Lunatic asylums in Bengal annual reports 1899-1911 - 1899-1911
Year: 1899
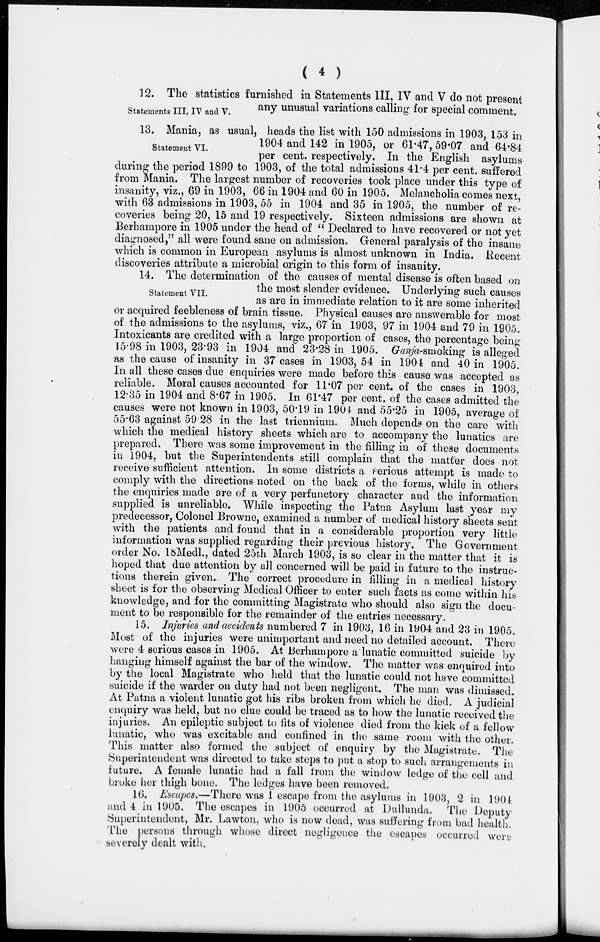
( 4 )
Statements III, IV and V.
12. The statistics furnished in Statements III, IV and V do not present
any unusual variations calling for special comment.
Statement VI.
13. Mania, as usual, heads the list with 150 admissions in 1903, 153 in
1904 and 142 in 1905, or 61.47, 59.07 and 64.84
per cent. respectively. In the English asylums
during the period 1899 to 1903, of the total admissions 41.4 per cent. suffered
from Mania. The largest number of recoveries took place under this type of
insanity, viz., 69 in 1903, 66 in 1904 and 60 in 1905. Melancholia comes next,
with 63 admissions in 1903, 55 in 1904 and 35 in 1905, the number of re-
coveries being 20, 15 and 19 respectively. Sixteen admissions are shown at
Berhampore in 1905 under the head of " Declared to have recovered or not yet
diagnosed," all were found sane on admission. General paralysis of the insane
which is common in European asylums is almost unknown in India. Recent
discoveries attribute a microbial origin to this form of insanity-
Statement VII.
14. The determination of the causes of mental disease is often based on
the most slender evidence. Underlying such causes
as are in immediate relation to it are some inherited
or acquired feebleness of brain tissue. Physical causes are answerable for most
of the admissions to the asylums, viz., 67 in 1903, 97 in 1904 and 79 in 1905.
Intoxicants are credited with a large proportion of cases, the percentage being
15.98 in 1903, 23.93 in 1904 and 23.28 in 1905. Ganja-smoking is alleged
as the cause of insanity in 37 cases in 1903, 54 in 1904 and 40 in 1905.
In all these cases due enquiries were made before this cause was accepted as
reliable. Moral causes accounted for 11.07 per cent. of the cases in 1903,
12.35 in 1904 and 8.67 in 1905. In 61.47 per cent. of the cases admitted the
causes were not known in 1903, 50.19 in 1904 and 55.25 in 1905, average of
55.63 against 59.28 in the last triennium. Much depends on the care with
which the medical history sheets which are to accompany the lunatics are
prepared. There was some improvement in the filling in of these documents
in 1904, but the Superintendents still complain that the matter does not
receive sufficient attention. In some districts a serious attempt is made to
comply with the directions noted on the back of the forms, while in others
the enquiries made are of a very perfunctory character and the information
supplied is unreliable. While inspecting the Patna Asylum last year my
predecessor, Colonel Browne, examined a number of medical history sheets sent
with the patients and found that in a considerable proportion very little
information was supplied regarding their previous history. The Government
order No. 18Medl., dated 25th March 1903, is so clear in the matter that it is
hoped that due attention by all concerned will be paid in future to the instruc-
tions therein given.. The correct procedure in filling in a medical history
sheet is for the observing Medical Officer to enter such facts as come within his
knowledge, and for the committing Magistrate who should also sign the docu-
ment to be responsible for the remainder of the entries necessary.
15. Injuries and accidents numbered 7 in 1903, 16 in 1904 and 23 in 1905.
Most of the injuries were unimportant and need no detailed account. There
were 4 serious cases in 1905. At Berhampore a lunatic committed suicide by
hanging himself against the bar of the window. The matter was enquired into
by the local Magistrate who held that the lunatic could not have committed
suicide if the warder on duty had not been negligent. The man was dimissed.
At Patna a violent lunatic got his ribs broken from which he died. A judicial
enquiry was held, but no clue could be traced as to how the lunatic received the
injuries. An epileptic subject to fits of violence died from the kick of a fellow
lunatic, who was excitable and confined in the same room with the other.
This matter also formed the subject of enquiry by the Magistrate. The
Superintendent was directed to take steps to put a stop to such arrangements in
future. A female lunatic had a fall from the window ledge of the cell and
broke her thigh bone. The ledges have been removed.
16. Escapes.—There was 1 escape from the asylums in 1903, 2 in 1904
and 4 in 1905. The escapes in 1905 occurred at Dullunda. The Deputy
Superintendent, Mr. Lawton, who is now dead, was suffering from bad health.
The persons through whose direct negligence the escapes occurred were
severely dealt with.